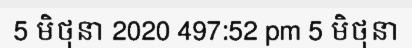
5 មិថុនា 2020 497:52 pm 5 មិថុនា